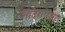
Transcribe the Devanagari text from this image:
मंदिरापेक्षा